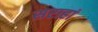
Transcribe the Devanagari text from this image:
सराहां